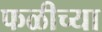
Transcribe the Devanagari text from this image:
फळीच्या